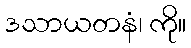
ဒသာယတနံ၊ ကို။